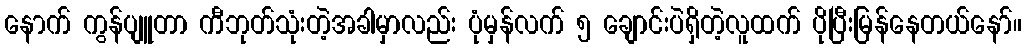
နောက် ကွန်ပျူတာ ကီဘုတ်သုံးတဲ့အခါမှာလည်း ပုံမှန်လက် ၅ ချောင်းပဲရှိတဲ့လူထက် ပိုပြီးမြန်နေတယ်နော်။